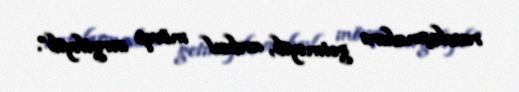
razılaşmalara getməyib, ardıcıl mövqe sərgiləyib”.